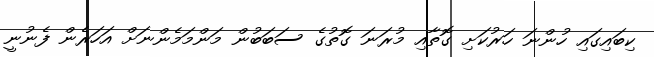
ކިބައިގައި ހުންނަ ހަރުކަށި ގޮތާއި މުރަނަ ގޮތުގެ ސަބަބުން މަންމަމެންނަށް އަހަރެން ފެނުނީ